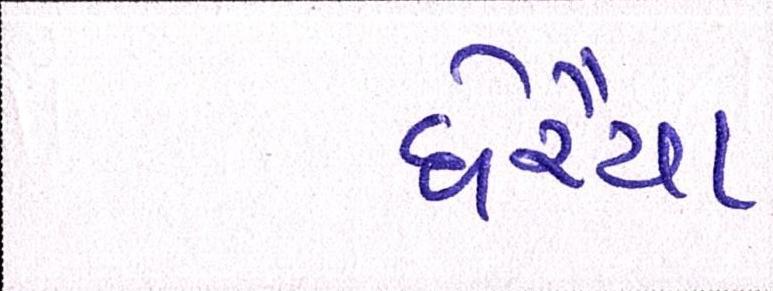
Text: ઘેરૈયા